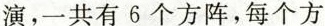
演，一共有6个方阵，每个方